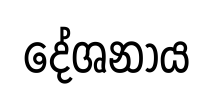
දේශනාය